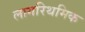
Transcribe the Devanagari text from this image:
लागरिथमिक